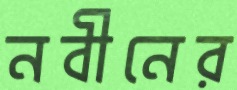
নবীনের